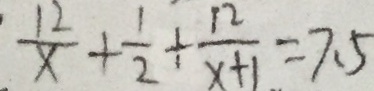
\frac { 1 2 } { x } + \frac { 1 } { 2 } + \frac { 1 2 } { x + 1 } = 7 . 5